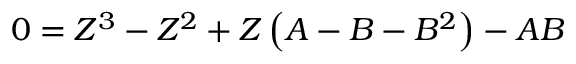
0 = Z ^ { 3 } - Z ^ { 2 } + Z \left( A - B - B ^ { 2 } \right) - A B